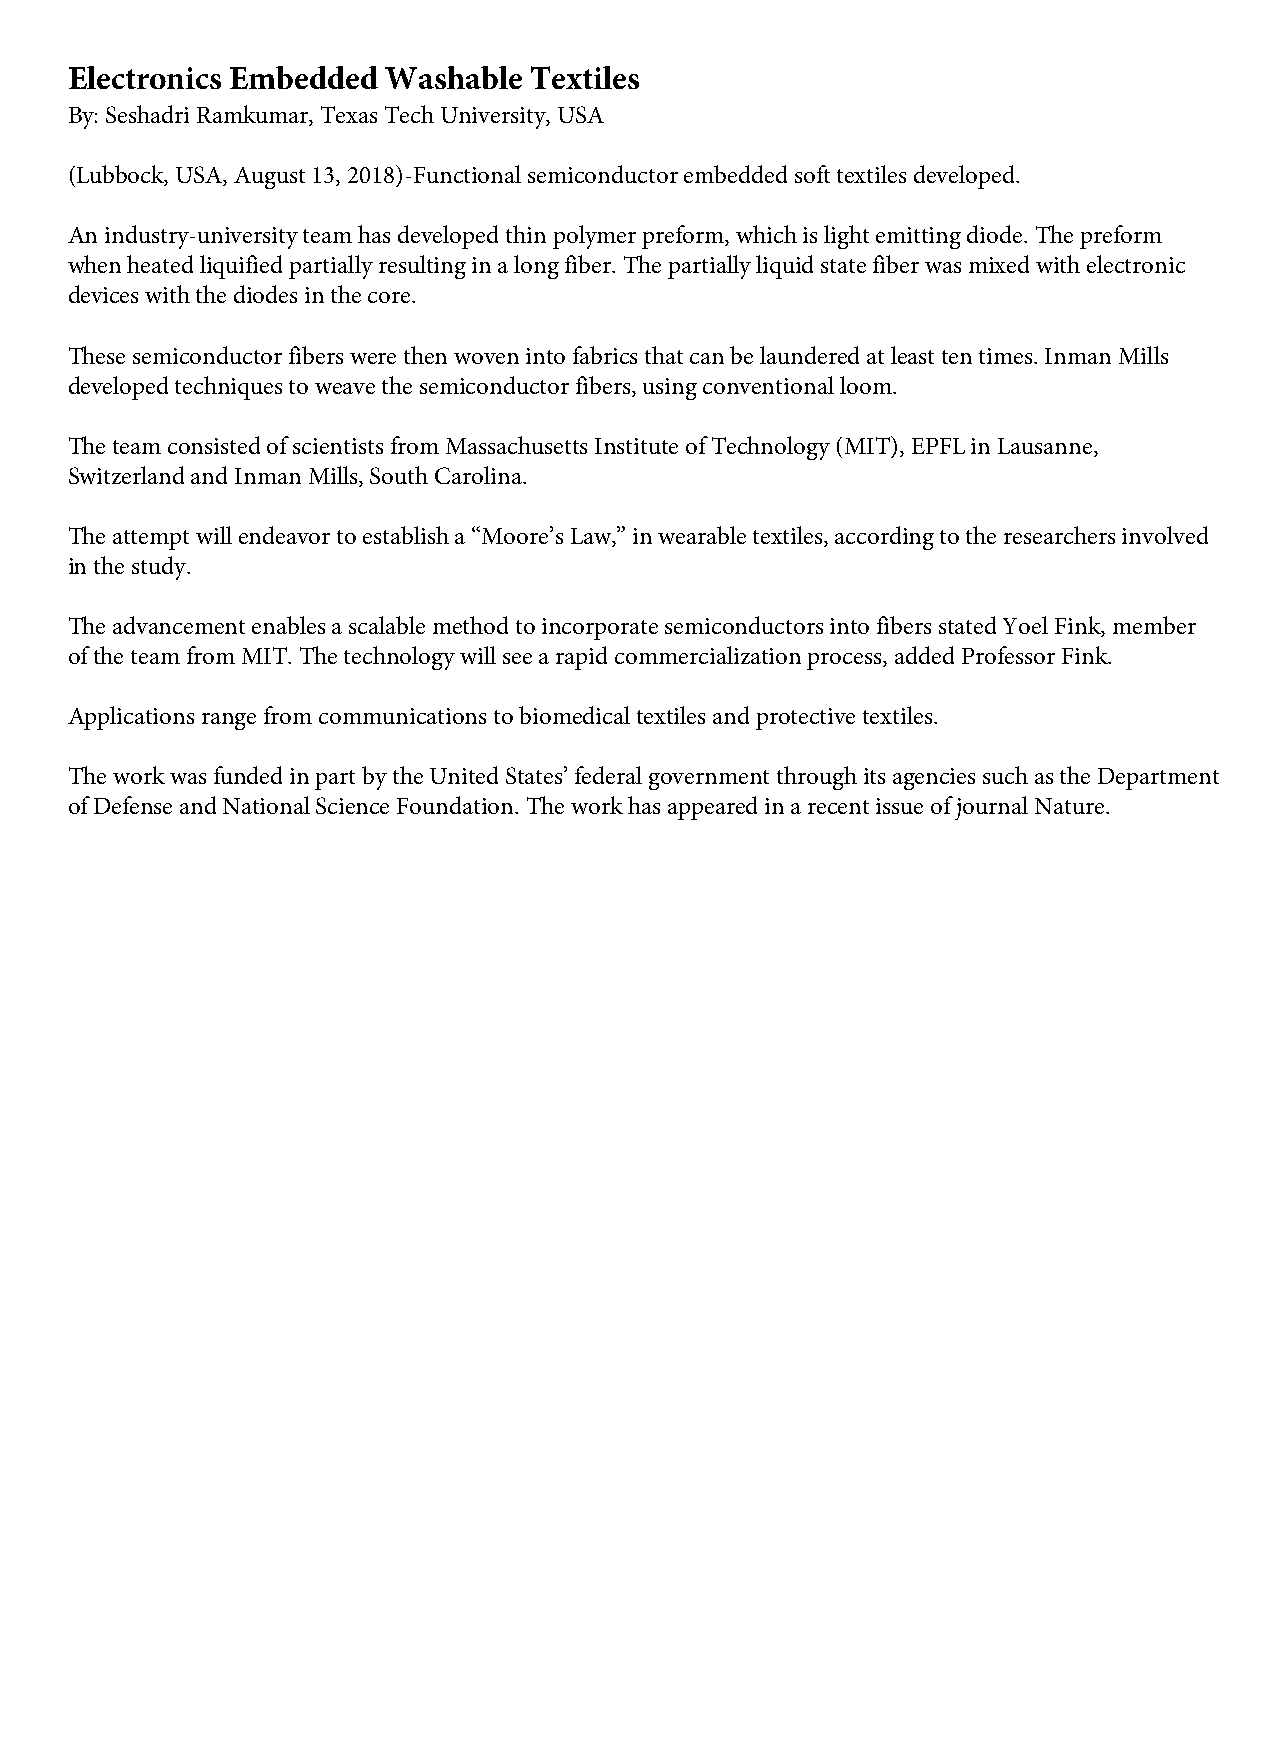
Electronics Embedded  Washable Textiles
 By: Seshadri Ramkumar, Texas Tech University, USA
 (Lubbock, USA, August 13, 2018)-Functional semiconductor embedded soft textiles developed.
 An industry-university team has developed thin polymer preform, which is light emitting diode. The preform
 when heated liquified partially resulting in a long fiber. The partially liquid state fiber was mixed with electronic
 devices with the diodes in the core.
 These semiconductor fibers were then woven into fabrics that can be laundered at least ten times. Inman Mills
 developed techniques to weave the semiconductor fibers, using conventional loom.
 The team consisted of scientists from Massachusetts Institute of Technology (MIT), EPFL in Lausanne,
 Switzerland and Inman Mills, South Carolina.
 The attempt will endeavor to establish a “Moore’s Law,” in wearable textiles, according to the researchers involved
 in the study.
 The advancement enables a scalable method to incorporate semiconductors into fibers stated Yoel Fink, member
 of the team from MIT. The technology will see a rapid commercialization process, added Professor Fink.
 Applications range from communications to biomedical textiles and protective textiles.
 The work was funded in part by the United States’ federal government through its agencies such as the Department
 of Defense and National Science Foundation. The work has appeared in a recent issue of journal Nature.